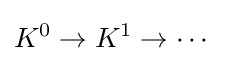
K^{0}\to K^{1}\to \cdots